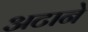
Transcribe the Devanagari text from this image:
अटाने